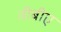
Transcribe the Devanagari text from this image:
वीबीए